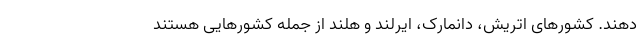
دهند. کشورهای اتریش، دانمارک، ایرلند و هلند از جمله کشورهایی هستند